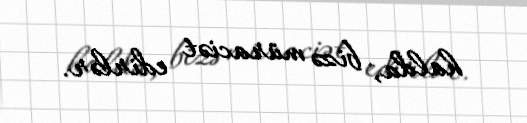
halda, bizə müraciət edirlər.